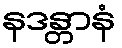
နဒန္တာနံ